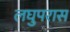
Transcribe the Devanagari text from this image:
लघुपरास